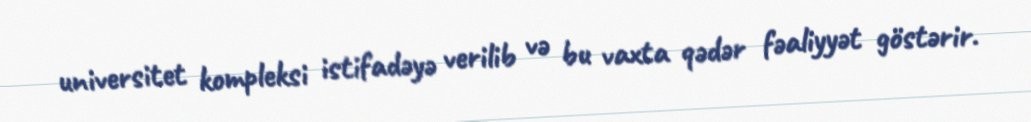
universitet kompleksi istifadəyə verilib və bu vaxta qədər fəaliyyət göstərir.